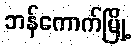
ဘန်ကောက်မြို့